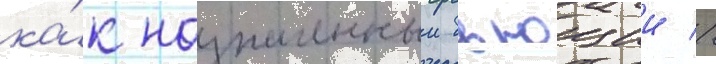
ка́к назначенныи бьющии //